Scottish Leaving Certificate Examination, 1959
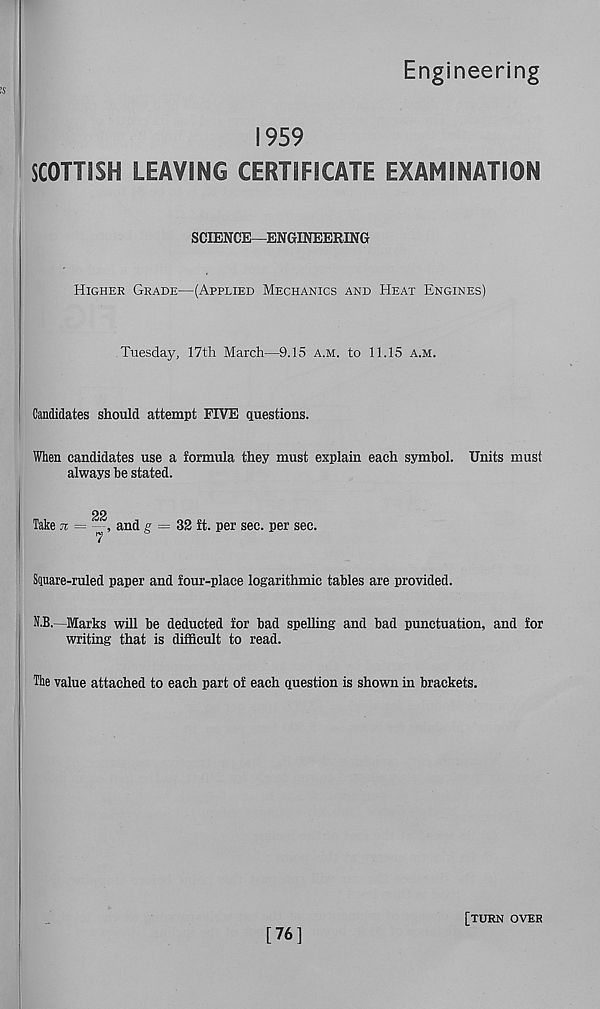
Engineering
1959
SCOTTISH LEAVING CERTIFICATE EXAMINATION
SCIENCE—ENGINEERING
Higher Grade—(Applied Mechanics and Heat Engines)
Tuesday, 17th March—9.15 a.m. to 11.15 a.m.
Candidates should attempt FIVE questions.
When candidates use a formula they must explain each symbol. Units must
always be stated.
gg
Take n = , and y = 32 ft. per sec. per sec.
Square-ruled paper and four-place logarithmic tables are provided.
N.B.—Marks will be deducted for bad spelling and bad punctuation, and for
writing that is difficult to read.
The value attached to each part of each question is shown in brackets.
[76]
[turn over